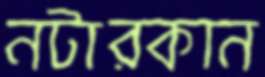
নটারকান